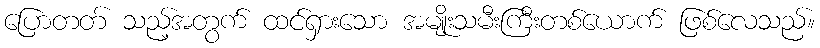
ပြောတတ် သည့်အတွက် ထင်ရှားသော အမျိုးသမီးကြီးတစ်ယောက် ဖြစ်လေသည်။